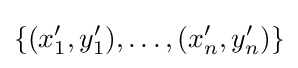
\{(x_{1}',y_{1}'),\dots ,(x_{n}',y_{n}')\}